Civil Veterinary Department Bengal reports 1923-33 - 1923-1933
Year: 1923
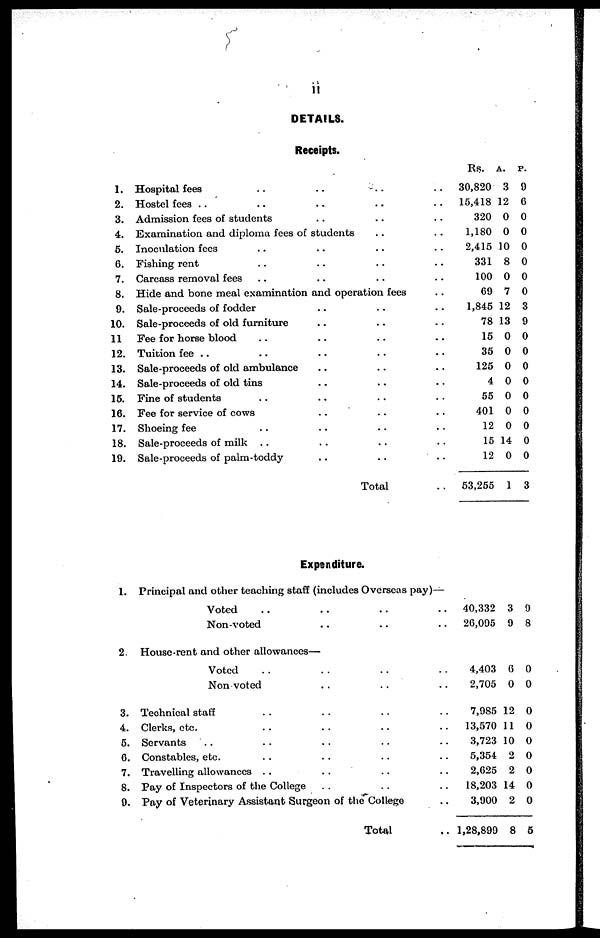
ii
DETAILS.
Receipts.
1.
2.
3.
4.
5.
6.
7.
8.
9.
10.
11
12.
13.
14.
15.
16.
17.
18.
19.
1.
2.
3.
4.
5.
6.
7.
8.
9.
Hospital fees .. .. ..
Hostel fees .. .. ..
Admission fees of students .. ..
Examination and diploma fees of students ..
Inoculation fees .. .. ..
Fishing rent .. .. ..
Carcass removal fees .. .. ..
Hide and bone meal examination and operation fees
Sale-proceeds of fodder .. ..
Sale-proceeds of old furniture .. ..
Fee for horse blood .. .. ..
Tuition fee .. .. .. ..
Sale-proceeds of old ambulance .. ..
Sale-proceeds of old tins .. ..
Fine of students .. .. ..
Fee for service of cows .. ..
Shoeing fee .. .. ..
Sale-proceeds of milk .. .. ..
Sale-proceeds of palm-toddy .. ..
Total
Expenditure.
..
..
..
..
..
..
..
..
..
..
..
..
..
..
..
..
..
..
..
..
Principal and other teaching staff (includes Overseas pay)—
Voted .. .. ..
Non-voted .. ..
..
..
House-rent and other allowances—
Voted .. .. ..
Non voted .. ..
Technical staff .. .. ..
Clerks, etc . . . . . . .
Servants .. .. .. ..
Constables, etc. .. .. ..
Travelling allowances .. .. ..
Pay of Inspectors of the College .. ..
Pay of Veterinary Assistant Surgeon of the College
Total
..
..
..
..
..
..
..
..
..
..
Rs.
30,820
15,418
320
1,180
2,415
331
100
69
1,845
78
15
35
125
4
55
401
12
15
12
53,255
40,332
26,095
4,403
2,705
7,985
13,570
3,723
5,354
2,625
18,203
3,900
1,28,899
A.
3
12
0
0
10
8
0
7
12
13
0
0
0
0
0
0
0
14
0
1
3
9
6
0
12
11
10
2
2
14
2
8
P.
9
6
0
0
0
0
0
0
3
9
0
0
0
0
0
0
0
0
0
3
0
8
0
0
0
0
0
0
0
0
0
5